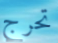
تحرج